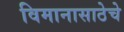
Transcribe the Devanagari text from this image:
विमानासाठेचे